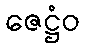
ဇေဋ္ဌံဝ